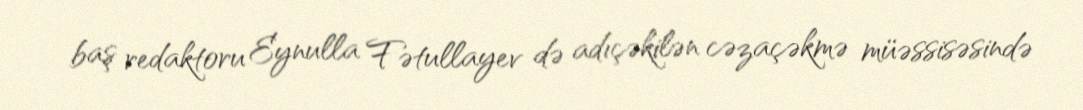
baş redaktoru Eynulla Fətullayev də adıçəkilən cəzaçəkmə müəssisəsində